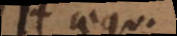
H aequ.